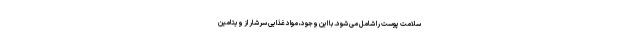
سلامت پوست را شامل می شود. با این وجود، مواد غذایی سرشار از ویتامین